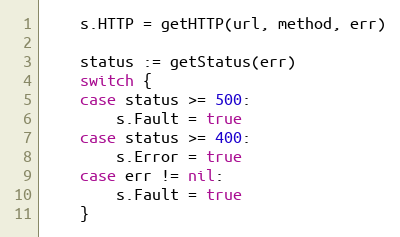
Language: Go
	s.HTTP = getHTTP(url, method, err)

	status := getStatus(err)
	switch {
	case status >= 500:
		s.Fault = true
	case status >= 400:
		s.Error = true
	case err != nil:
		s.Fault = true
	}